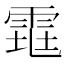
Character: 𱁕